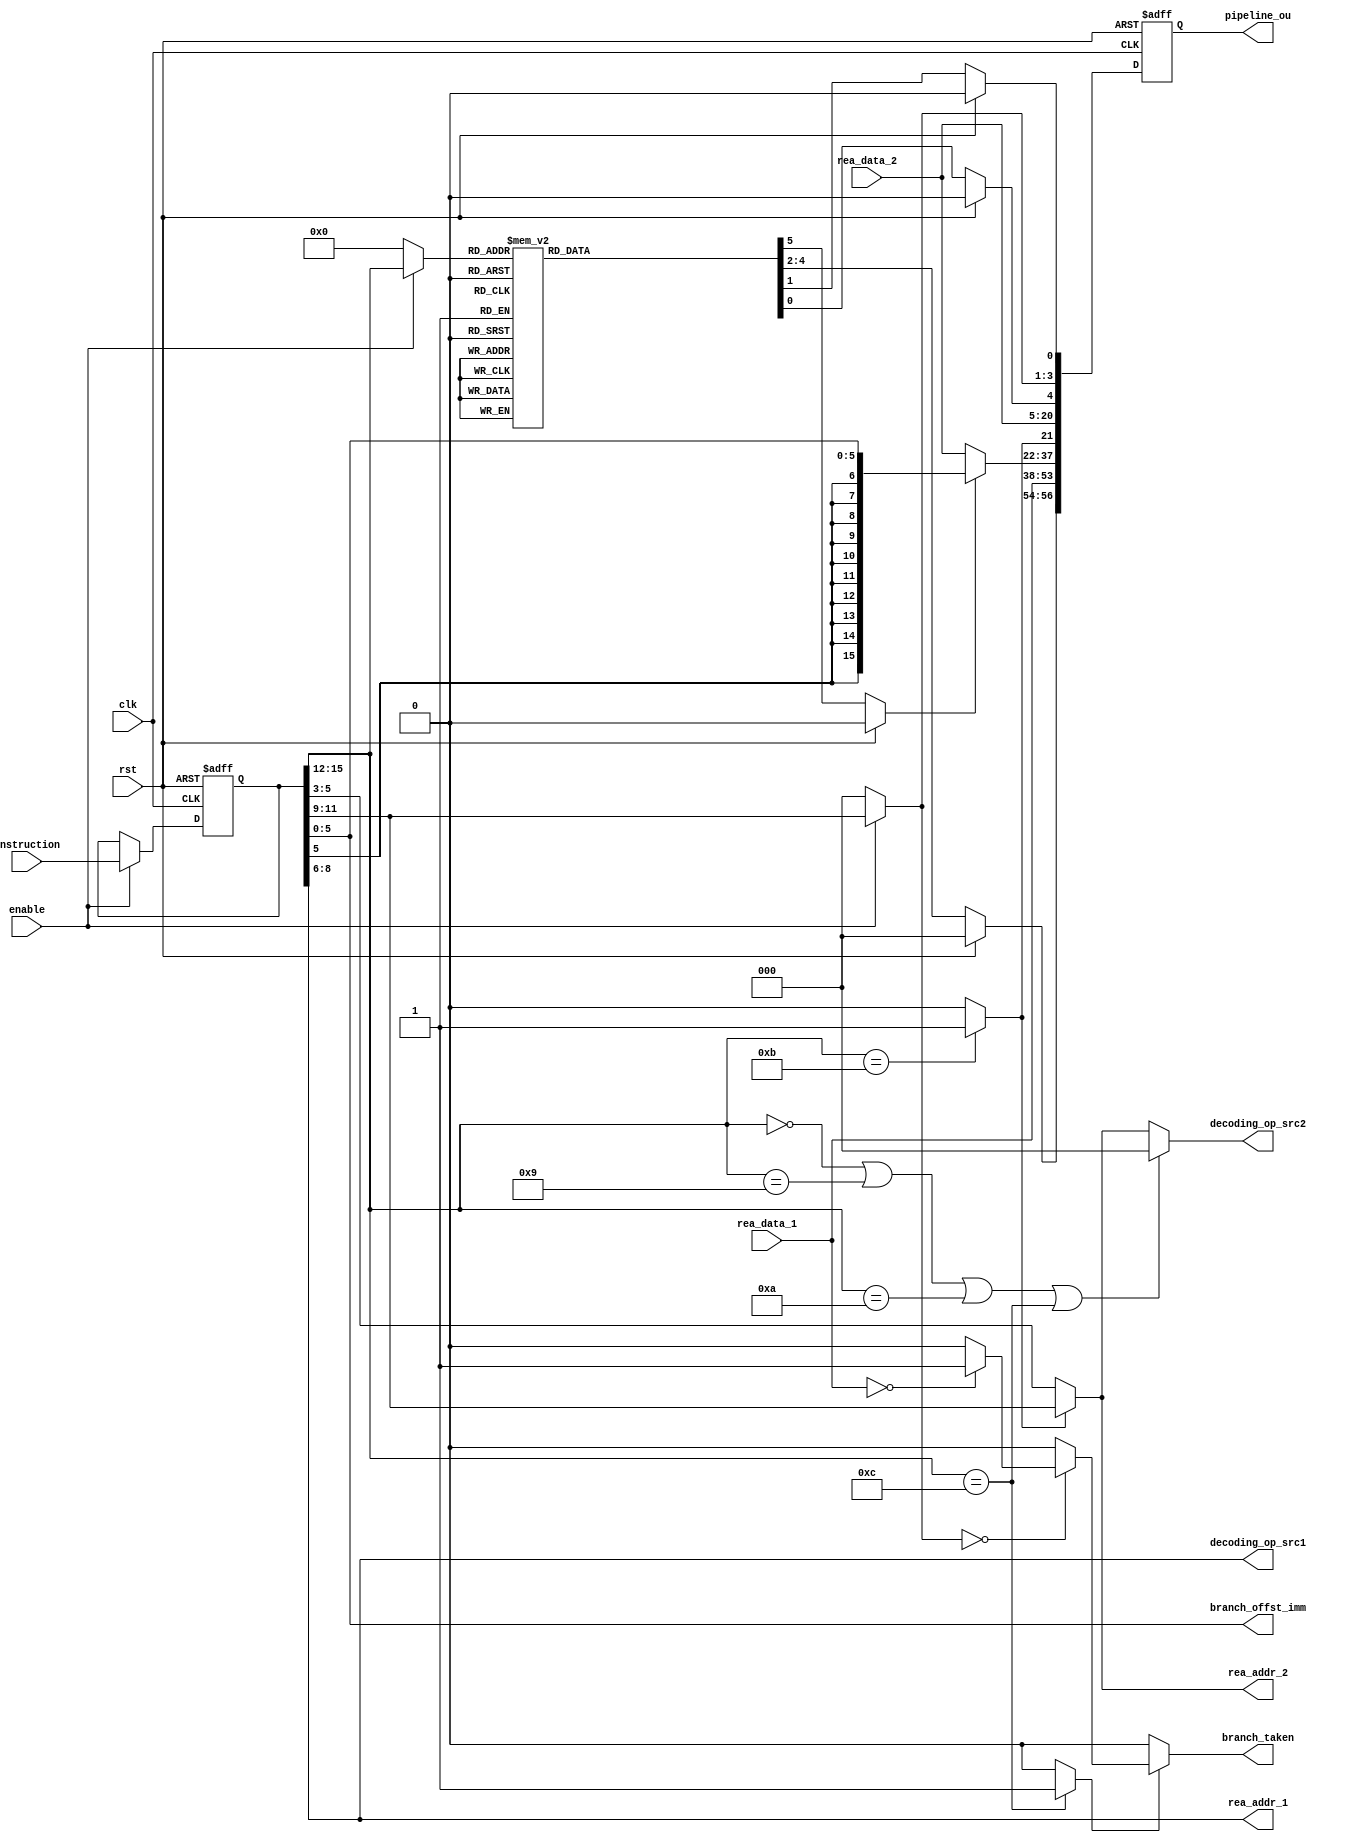
`define WIDTH				8
	`define	INSTR_MEM_ADDR_WIDTH	8
	`define DATA_MEM_ADDR_WIDTH		8
 
	/************** Operation Code in instructions ****************/
	`define OP_NOP			4'b0000
	`define OP_ADD			4'b0001
	`define OP_SUB			4'b0010
	`define OP_AND			4'b0011
	`define OP_OR			4'b0100
	`define OP_XOR			4'b0101
	`define OP_SL			4'b0110
	`define OP_SR			4'b0111
	`define OP_SRU			4'b1000
	`define OP_ADDI			4'b1001
	`define OP_LD			4'b1010
	`define OP_ST			4'b1011
	`define OP_BZ			4'b1100
	
	/************** ALU operation command ****************/
	`define ALU_NC			3'bxxx		// not care
	`define ALU_ADD			3'b000
	`define ALU_SUB			3'b001
	`define ALU_AND			3'b010
	`define ALU_OR			3'b011
	`define ALU_XOR			3'b100
	`define ALU_SL			3'b101
	`define ALU_SR			3'b110
	`define ALU_SRU			3'b111
	
	/************** Branch condition code ****************/
	`define BRANCH_Z		3'b000
	//`define BRANCH_GT		3'b001
	//`define BRANCH_LE		3'b010

module ID_stage
(
	input					clk,
	input					rst,
	input					enable,
	//input					insert_bubble,
	
	
	// to EX_stage
	output	reg	[56:0]		pipeline_ou,	//	[56:22],35bits:	ex_alu_cmd[2:0], ex_alu_src1[15:0], ex_alu_src2[15:0]
												//	[21:5],17bits:	mem_writ_en, mem_writ_data[15:0]
												//	[4:0],5bits:	wri_back_en, wri_back_dest[2:0], wri_back_result_mux, 
	
	// to IF_stage
	input		[15:0]		instruction,
	output		[5:0]		branch_offst_imm,
	output	reg				branch_taken,
	
	// to register file
	output		[2:0]		rea_addr_1,	// register file read port 1 address
	output		[2:0]		rea_addr_2,	// register file read port 2 address
	input		[15:0]		rea_data_1,	// register file read port 1 data
	input		[15:0]		rea_data_2,	// register file read port 2 data
	
	// to hazard detection unit
	output		[2:0]		decoding_op_src1,		//source_1 register number
	output		[2:0]		decoding_op_src2		//source_2 register number
	
);
    
	/********************** internal wires ***********************************/
	//----------------- Instruction Register signals --------------------//
	reg		[15:0]		instruction_re;
	wire	[3:0]		ir_op_code;		//operation code
	wire	[2:0]		ir_dest;		//destination register number
	wire	[2:0]		ir_src1;		//source_1 register number
	wire	[2:0]		ir_src2;		//source_2 register number
	wire	[5:0]		ir_imm;			//immediate number carried by the instruction
	
	//---------------- data path control signals --------------------------//
	// write back stage signals
	reg					wri_back_en;			// S3
	wire	[2:0]		wri_back_dest;		// dest
	reg					wri_back_result_mux;	// S1
	// mem stage signals
	wire				mem_writ_en;		
	wire	[15:0]		mem_writ_data;
	// ex stage signals
	reg		[2:0]		ex_alu_cmd;				//S2
	wire	[15:0]		ex_alu_src1;
	wire	[15:0]		ex_alu_src2;
	// instruction decode stage signals
	reg					alu_src2_mux;			// S4
	wire				decoding_op_is_branch;	//S5
	wire				decoding_op_is_store;	//S6
	wire	[3:0]		ir_op_code_with_bubble;
	wire	[2:0]		ir_dest_with_bubble;
	//reg					branch_condition_satisfied;
	
	
	/********************** Instruction Register *********************/
	always @ (posedge clk or posedge rst) begin
		if(rst) begin
			instruction_re <= 0;
		end
		else begin
			if(enable) begin
				instruction_re <= instruction;
			end
		end
	end
	assign ir_op_code = instruction_re[15:12];
	assign ir_dest = instruction_re[11: 9];
	assign ir_src1 = instruction_re[ 8: 6];
	assign ir_src2 = (decoding_op_is_store)? instruction_re[11: 9] : instruction_re[ 5: 3];
	assign ir_imm  = instruction_re[ 5: 0];
	
	/********************** pipeline bubble insertion *********************/
	// if instrcution decode is frozen, insert bubble operations into the pipeline
	assign ir_op_code_with_bubble = ( enable )?  ir_op_code : 0;
	// if instrcution decode is frozen, force destination reg number to 0, 
	// this operation is to prevent pipeline stall.
	assign ir_dest_with_bubble = ( enable )?  ir_dest : 0;
	
	/********************** Data path control logic *********************/
	always @ (*) begin
		if(rst) begin
			wri_back_en			= 0;	// S3
			wri_back_result_mux	= 0;	// S1
			ex_alu_cmd				= 0;	// S2
			alu_src2_mux			= 0;	// S4
		end
		else begin
			case( ir_op_code_with_bubble )
				`OP_NOP	:
					begin
						wri_back_en			= 0;		// S3
						wri_back_result_mux	= 1'bx;		// S1
						ex_alu_cmd				= `ALU_NC;	// S2
						alu_src2_mux			= 1'bx;		// S4
					end
				`OP_ADD	:
					begin
						wri_back_en			= 1;		// S3
						wri_back_result_mux	= 0;		// S1
						ex_alu_cmd				= `ALU_ADD;	// S2
						alu_src2_mux			= 0;		// S4
					end
				`OP_SUB	:
					begin
						wri_back_en			= 1;		// S3
						wri_back_result_mux	= 0;		// S1
						ex_alu_cmd				= `ALU_SUB;	// S2
						alu_src2_mux			= 0;		// S4
					end
				`OP_AND	:
					begin
						wri_back_en			= 1;		// S3
						wri_back_result_mux	= 0;		// S1
						ex_alu_cmd				= `ALU_AND;	// S2
						alu_src2_mux			= 0;		// S4
					end
				`OP_OR	:
					begin
						wri_back_en			= 1;		// S3
						wri_back_result_mux	= 0;		// S1
						ex_alu_cmd				= `ALU_OR;	// S2
						alu_src2_mux			= 0;		// S4
					end
				`OP_XOR	:
					begin
						wri_back_en			= 1;		// S3
						wri_back_result_mux	= 0;		// S1
						ex_alu_cmd				= `ALU_XOR;	// S2
						alu_src2_mux			= 1'bx;		// S4
					end
				`OP_SL	:
					begin
						wri_back_en			= 1;		// S3
						wri_back_result_mux	= 0;		// S1
						ex_alu_cmd				= `ALU_SL;	// S2
						alu_src2_mux			= 0;		// S4
					end
				`OP_SR	:
					begin
						wri_back_en			= 1;		// S3
						wri_back_result_mux	= 0;		// S1
						ex_alu_cmd				= `ALU_SR;	// S2
						alu_src2_mux			= 0;		// S4
					end
				`OP_SRU	:
					begin
						wri_back_en			= 1;		// S3
						wri_back_result_mux	= 0;		// S1
						ex_alu_cmd				= `ALU_SRU;	// S2
						alu_src2_mux			= 0;		// S4
					end
				`OP_ADDI:
					begin
						wri_back_en			= 1;		// S3
						wri_back_result_mux	= 0;		// S1
						ex_alu_cmd				= `ALU_ADD;	// S2
						alu_src2_mux			= 1;		// S4
					end
				`OP_LD	:
					begin
						wri_back_en			= 1;		// S3
						wri_back_result_mux	= 1;		// S1
						ex_alu_cmd				= `ALU_ADD;	// S2
						alu_src2_mux			= 1;		// S4
					end
				`OP_ST	:
					begin
						wri_back_en			= 0;		// S3
						wri_back_result_mux	= 1'bx;		// S1
						ex_alu_cmd				= `ALU_ADD;	// S2
						alu_src2_mux			= 1;		// S4
					end
				`OP_BZ	:
					begin
						wri_back_en			= 0;		// S3
						wri_back_result_mux	= 1'bx;		// S1
						ex_alu_cmd				= `ALU_NC;	// S2
						alu_src2_mux			= 1;		// S4
					end
				default	:
					begin
						wri_back_en			= 0;		// S3
						wri_back_result_mux	= 1'bx;		// S1
						ex_alu_cmd				= `ALU_NC;	// S2
						alu_src2_mux			= 1'bx;		// S4

					end
			endcase
		end
	end
	
	assign decoding_op_is_branch = ( ir_op_code == `OP_BZ )? 1 : 0;	// S5
	assign decoding_op_is_store	= ( ir_op_code == `OP_ST )? 1 : 0;	// S6
	
	/********************** singals to EX_stage *********************/
	assign mem_writ_data = rea_data_2;
	assign mem_writ_en = decoding_op_is_store;
	assign wri_back_dest = ir_dest_with_bubble;
	assign ex_alu_src1 = rea_data_1;
	assign ex_alu_src2 = (alu_src2_mux)? {{10{ir_imm[5]}},ir_imm} : rea_data_2;
	
	//	pipeline_ou:
	//	[56:22],35bits:	ex_alu_cmd[2:0], ex_alu_src1[15:0], ex_alu_src2[15:0],
	//	[21:5],17bits:	mem_writ_en, mem_writ_data[15:0],
	//	[4:0],5bits:	wri_back_en, wri_back_dest[2:0], wri_back_result_mux,
	
	always @ (posedge clk or posedge rst) begin
		if(rst) begin
			pipeline_ou[56:0] <= 0;
		end
		else begin
			pipeline_ou[56:0] <= {
				ex_alu_cmd[2:0],		// pipeline_ou[56:54]	//S2
				ex_alu_src1[15:0],		// pipeline_ou[53:38]
				ex_alu_src2[15:0],		// pipeline_ou[37:22]	
				mem_writ_en, 			// pipeline_ou[21]		//
				mem_writ_data[15:0],	// pipeline_ou[20:5]	//
				wri_back_en, 			// pipeline_ou[4]		//S3
				wri_back_dest[2:0], 	// pipeline_ou[3:1]	//dest
				wri_back_result_mux 	// pipeline_ou[0]		//S1
				};
		end
	end
	
			 
	/********************** interface with register file *********************/
	assign rea_addr_1 = ir_src1;
	assign rea_addr_2 = ir_src2;
	
	/********************** branch signals generate *********************/
	always @ (*) begin
		if(decoding_op_is_branch) begin
			case( ir_dest_with_bubble )
				`BRANCH_Z	:
					begin
						if(rea_data_1 == 0)
							branch_taken = 1;
						else
							branch_taken = 0;
					end
					
				default:
					begin
						branch_taken = 0;
`ifndef CODE_FOR_SYNTHESIS
						//$display("ERROR: Unknown branch condition %b, in branch instruction %b \n", ir_dest_with_bubble, ir_op_code_with_bubble);
						//$stop;
`endif					
					end
			endcase
		end
		else begin
			branch_taken = 0;
		end
	end
	assign branch_offst_imm = ir_imm;
	//assign branch_taken = decoding_op_is_branch & branch_condition_satisfied ;
	
	/********************** to hazard detection unit *********************/
	assign decoding_op_src1 = ir_src1;
	assign decoding_op_src2 = (
					ir_op_code == `OP_NOP 	||
					ir_op_code == `OP_ADDI 	||
					ir_op_code == `OP_LD 	||
					ir_op_code == `OP_BZ 	
					)?
					3'b000 : ir_src2;
	
endmodule